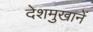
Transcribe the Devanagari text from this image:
देशमुखानें